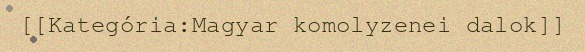
[[Kategória:Magyar komolyzenei dalok]]